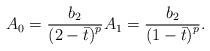
LaTeX: \begin{align*}A_{0}=\frac{b_{2}}{\left( 2-\bar{t}\right) ^{p}}A_{1}=\frac{b_{2}}{\left( 1-\bar{t}\right) ^{p}}. \end{align*}